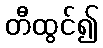
တီထွင်၍